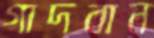
গাদবান